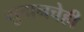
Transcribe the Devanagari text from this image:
सुदानचेही